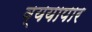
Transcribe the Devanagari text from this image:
व्ययापार